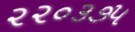
૨૨૦૩૭૫